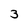
Character: 3